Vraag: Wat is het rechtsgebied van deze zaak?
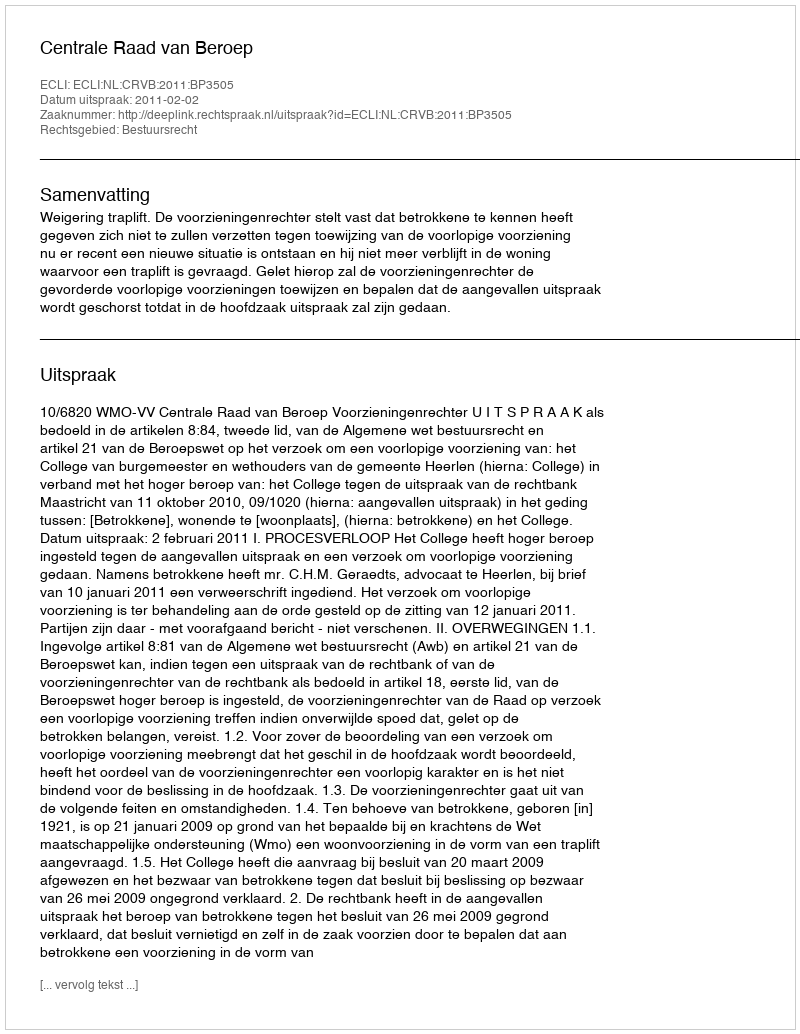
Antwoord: Bestuursrecht